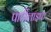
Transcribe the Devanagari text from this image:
पार्टीलाइफ